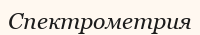
Спектрометрия